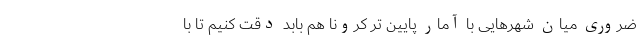
ضروری میان شهرهایی با آمار پایین تر کرونا هم بابد دقت کنیم تا با